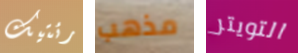
رئتيك مذهب التويتر